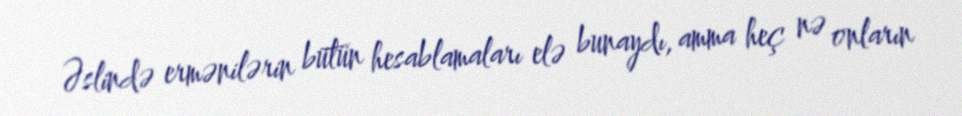
Əslində ermənilərin bütün hesablamaları elə bunaydı, amma heç nə onların